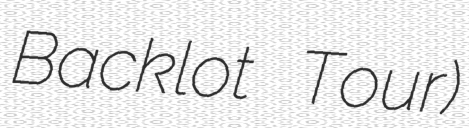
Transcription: Backlot Tour)